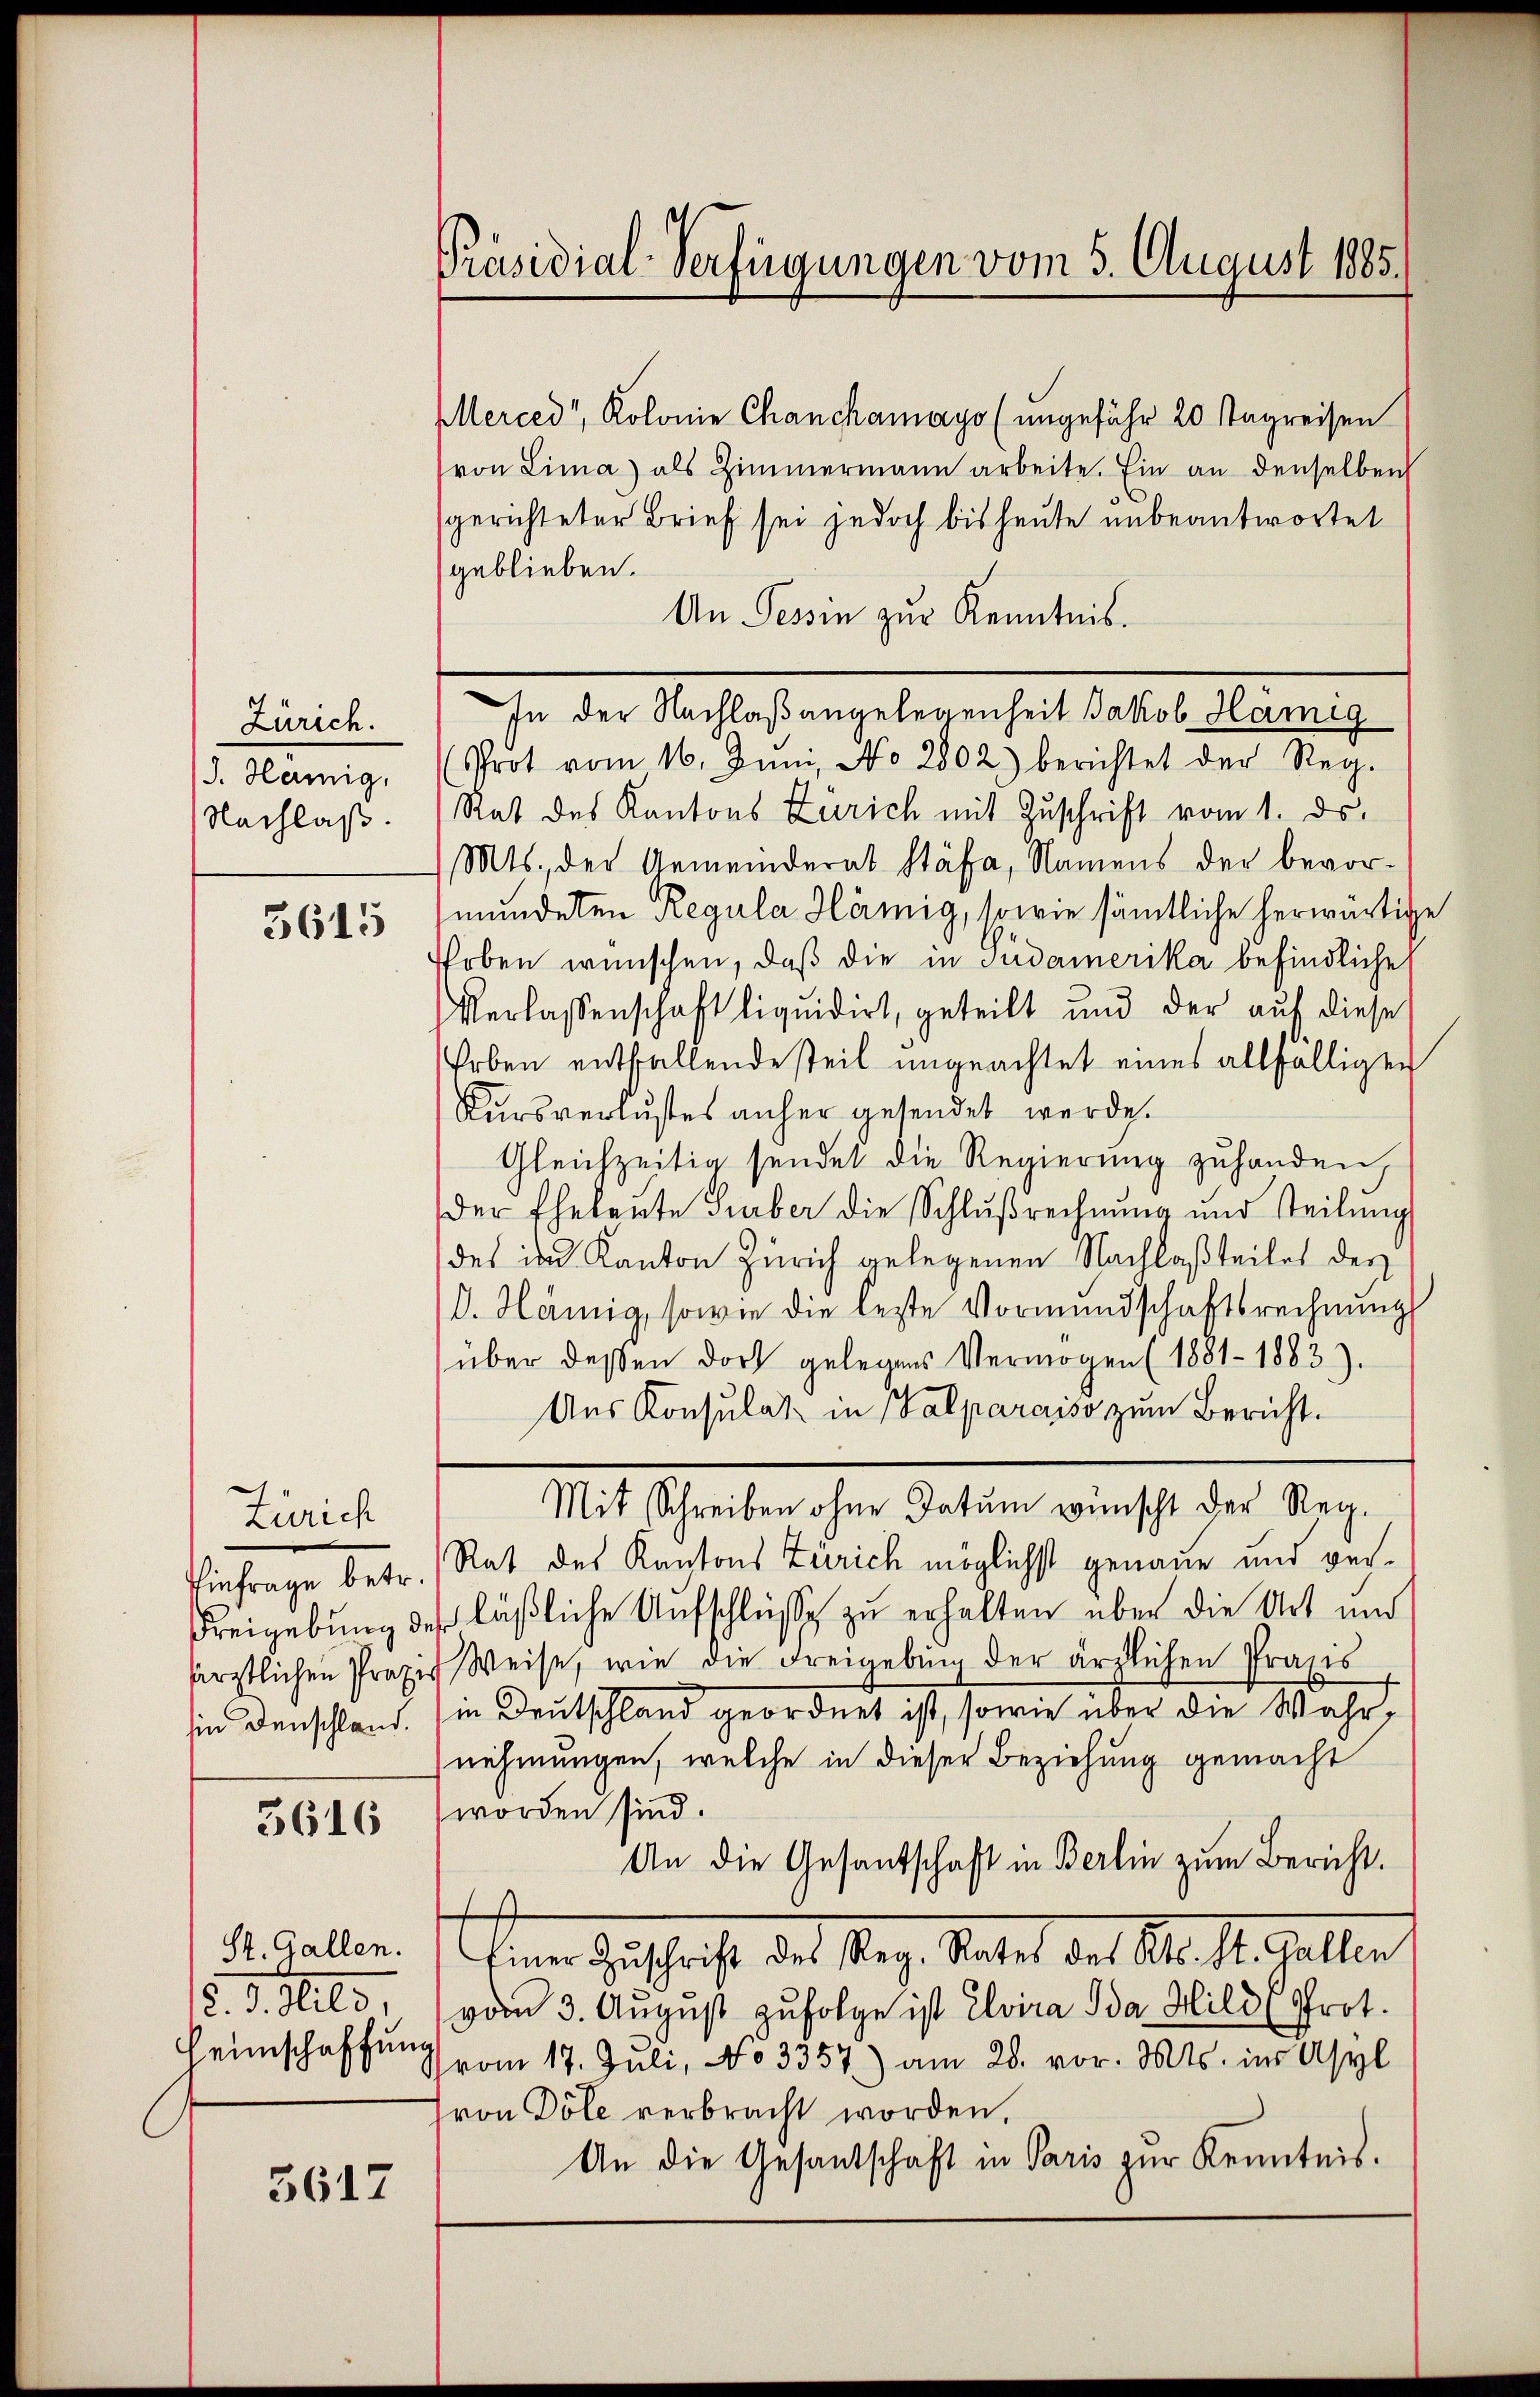
Zürich.
J. Hämig,
Nachlaß.

3615

Zürich
Einfrage betr.
Freigebung de
ärztlichen Profe
in denschland.

3616

St. Gallen.
18. d. Mild
Heimschaffung

3617

Präsidial-Verfügungen vom 5. August 1885.

Merced", Kolonie Chanchamayo (ungefähr 20 Tagreisen
von Lima) als Zimmermann arbeite. Ein an denselben
gerichteter Brief sei jedoch bis heute unbeantwortet
geblieben.
An Tessin zur Kenntnis.
In der Nachlaßangelegenheit Jakob Hamig
Prot vom 16. Juni, No 2802) berichtet der Reg.
Rat des Kantons Zürich mit Zuschrift vom 1. ds.
Mts., der Gemeinderat Stäfa, Namens der bevormundeten Regula Hämig, sowie sämtliche herwärtige
hoben wünschen, daß die in Judamerika befindliche
Verlassenschaft liquidirt, geteilt und der auf diese
Erben entfallende steil ungeachtet eines allfälliger
Kursverlustes anher gesendet werde.
Gleichzeitig sendet die Regierung zuhanden,
der Ehelerte Surber die Schlußrechnung und steilŭng
des in Kanton Zürich gelegenen Nachlaßteiles des
D. Hämig, sowie die leste Vormundschaftsrechnung
über deßen dort gelegens Vermögen (1881-1883).
Aus Konsulat in (Valparaiso zum Bericht.
Mit Schreiben ohne Datum wünscht der Reg.
Rat des Kantons Zürich möglichst genaue und verläßliche Aufschlüsse zu erhalten über die Ort und
Weise, wie die Freigebung der ärzlichen Praxis
in Deutschland geordnet ist, sowie über die Wahrnehmungen, welche in dieser Beziehung gemacht
worden sind.
An die Gesantschaft in Berlin zum Bericht.
J
Einer Zŭschrift des Reg. Rates des Kts. St. Gallen
vom 3. August zufolge ist Elvira Ida Hild, Prot.
vom 17. Juli, No 3357) am 28. vor. Mts. ins Asyl
ron Dole verbracht worden.
An die Gesandtschaft in Paris zur Kenntnis.